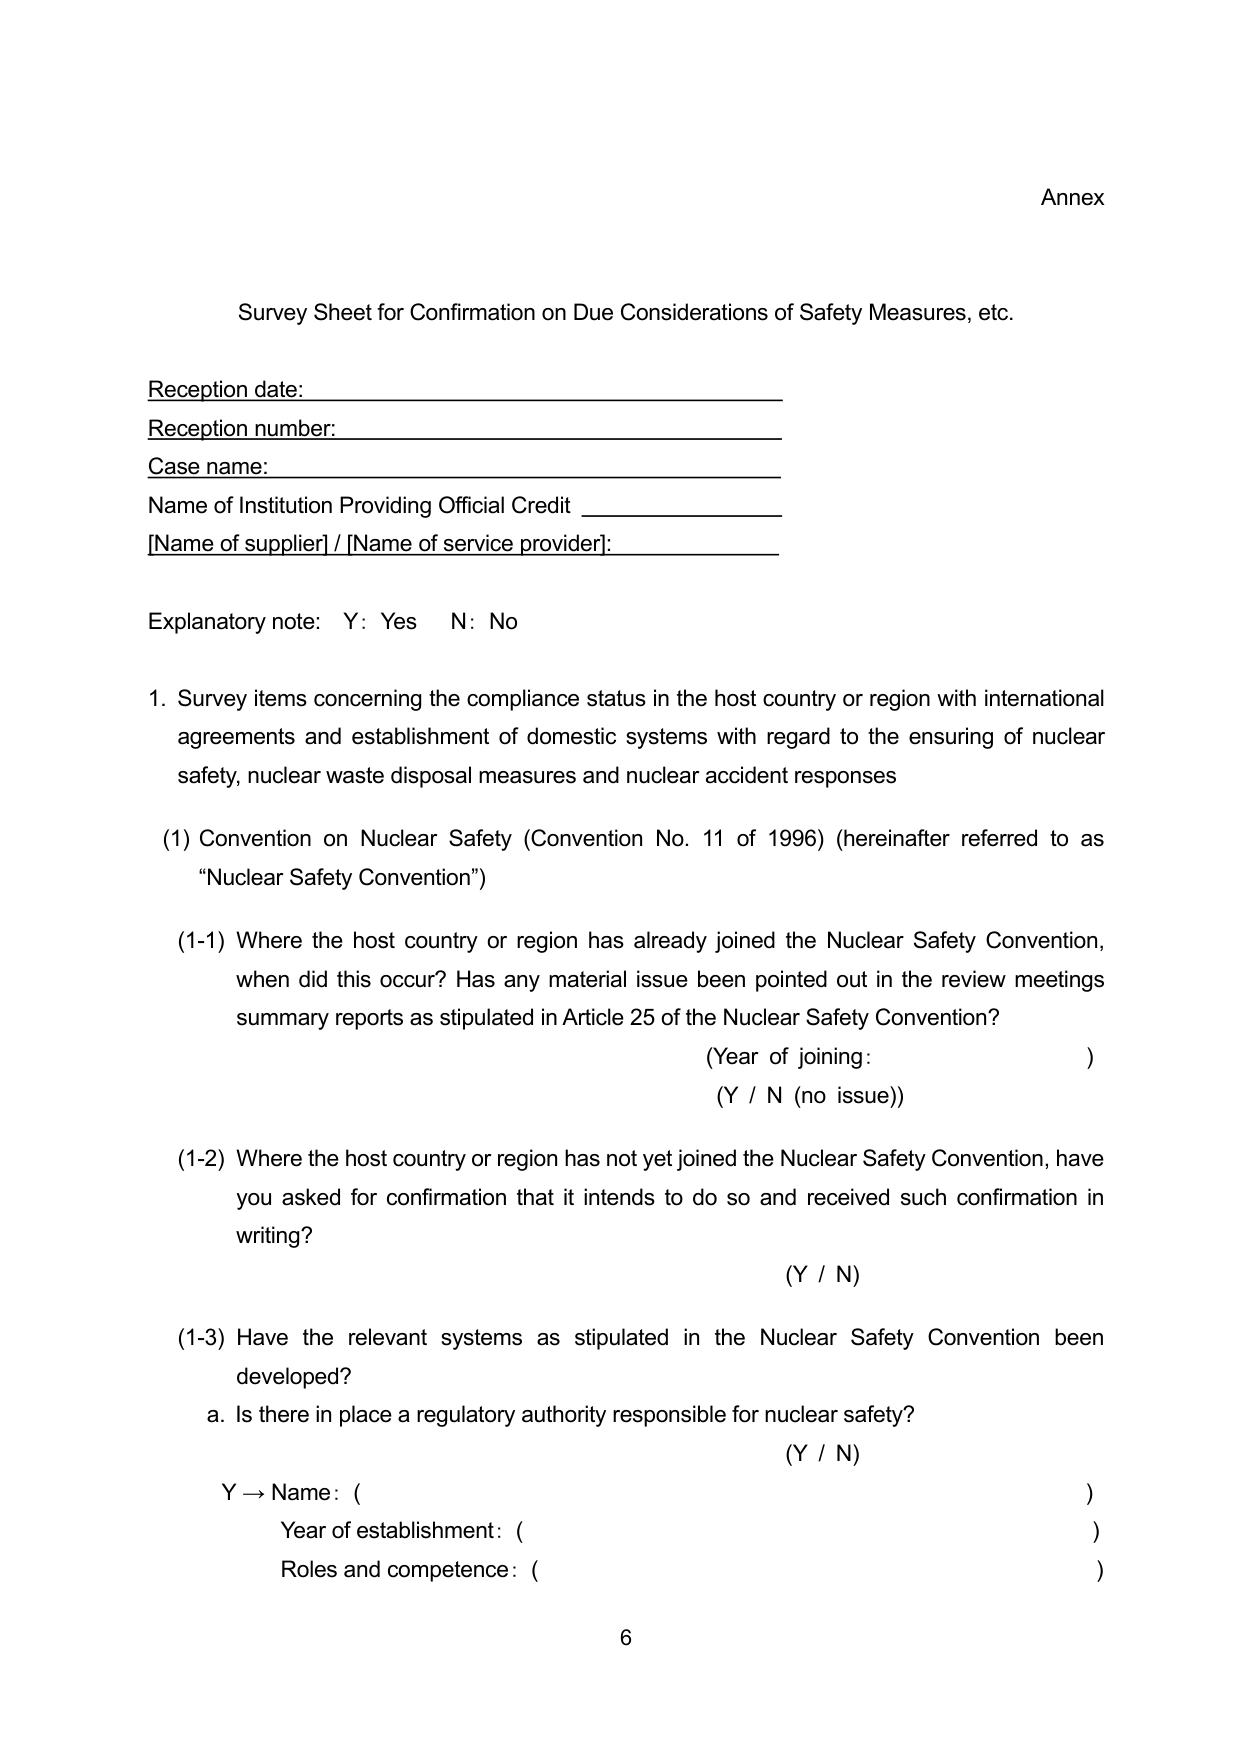
Annex

Survey Sheet for Confirmation on Due Considerations of Safety Measures, etc.

Reception date:
Reception number:
Case name:
Name of Institution Providing Official Credit
[Name of supplier] / [Name of service provider]:

Explanatory note: Y: Yes   N: No

1. Survey items concerning the compliance status in the host country or region with international agreements and establishment of domestic systems with regard to the ensuring of nuclear safety, nuclear waste disposal measures and nuclear accident responses

(1) Convention on Nuclear Safety (Convention No. 11 of 1996) (hereinafter referred to as “Nuclear Safety Convention”)

(1-1) Where the host country or region has already joined the Nuclear Safety Convention, when did this occur? Has any material issue been pointed out in the review meetings summary reports as stipulated in Article 25 of the Nuclear Safety Convention?
(Year of joining: )
(Y / N (no issue))

(1-2) Where the host country or region has not yet joined the Nuclear Safety Convention, have you asked for confirmation that it intends to do so and received such confirmation in writing?
(Y / N)

(1-3) Have the relevant systems as stipulated in the Nuclear Safety Convention been developed?
a. Is there in place a regulatory authority responsible for nuclear safety?
(Y / N)
Y → Name: (
Year of establishment: (
Roles and competence: (
)

6